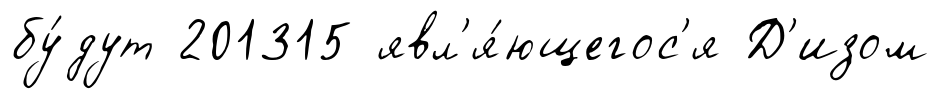
бу́дут 201315 явл'я́ющегос'я Д'изом